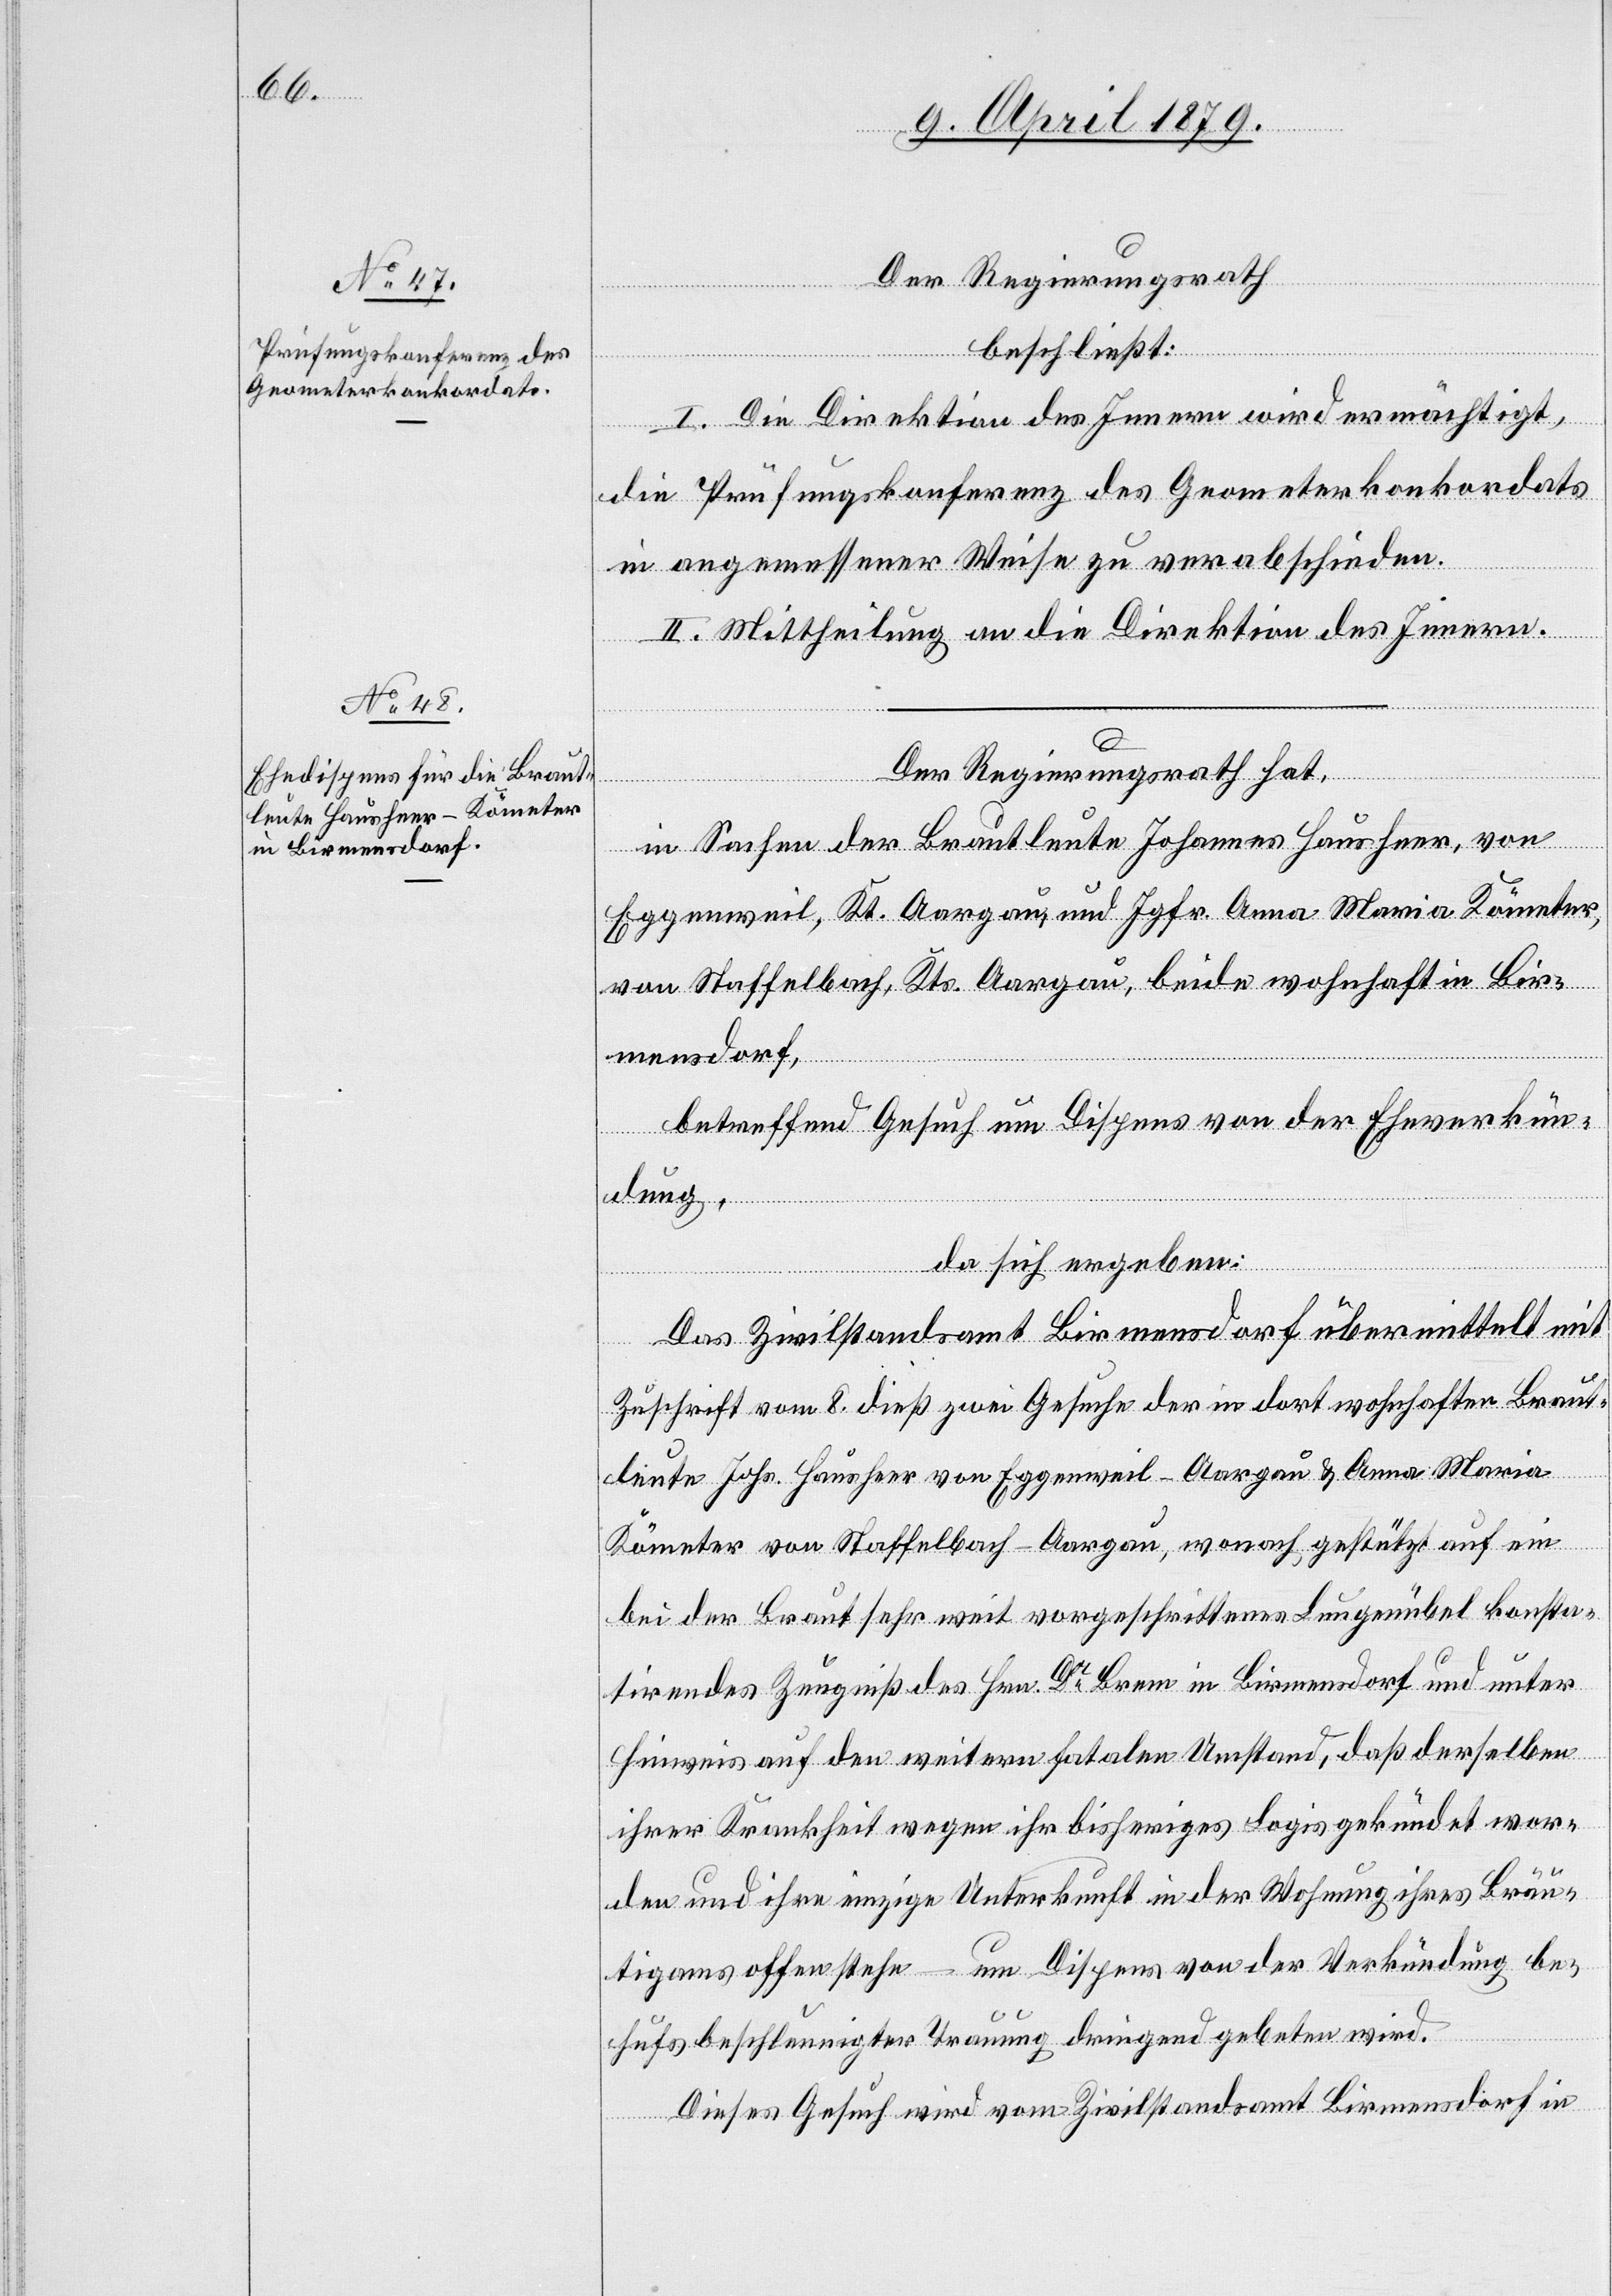
Der Regierungsrath
beschließt:
I. Die Direktion des Innern wird ermächtigt,
die Prüfungskonferenz des Geometerkonkordats
in angemessener Weise zu verabschieden.
II. Mittheilung an die Direktion des Innern.
Der Regierungsrath hat,
in Sachen der Brautleute Johannes Hausheer, von
Eggenweil, Kt. Aargau, und Jgfr. Anna Maria Kömeter,
von Staffelbach, Kts. Aargau, beide wohnhaft in Bir¬
mensdorf,
betreffend Gesuch um Dispens von der Eheverkün¬
dung,
da sich ergeben:
Das Zivilstandsamt Birmensdorf übermittelt mit
Zuschrift vom 8. dieß zwei Gesuche der in dort wohnhaften Braut¬
leute Johs. Hausheer von Eggenweil - Aargau & Anna Maria
Kömeter von Staffelbach - Aargau, wonach gestützt auf ein
bei der Braut sehr weit vorgeschrittenes Lungenübel konsta¬
tirendes Zeugniß des Hrn. Dr Brem in Birmensdorf und unter
Hinweis auf den weitern fatalen Umstand, daß derselben
ihrer Krankheit wegen ihr bisheriges Logis gekündet wor¬
den und ihre einzige Unterkunft in der Wohnung ihres Bräu¬
tigams offen stehe – um Dispens von der Verkündung be¬
hufs beschleunigter Trauung dringend gebeten wird.
Dieses Gesuch wird vom Zivilstandsamt Birmensdorf in